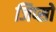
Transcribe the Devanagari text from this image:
जिप्सो